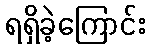
ရရှိခဲ့ကြောင်း